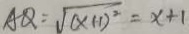
A Q = \sqrt { ( x + 1 ) ^ { 2 } } = x + 1